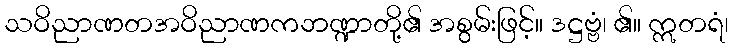
သဝိညာဏတအဝိညာဏကဘဏ္ဍာတို့၏ အစွမ်းဖြင့်။ ဒဋ္ဌဗ္ဗံ၊ ၏။ ဣတရံ၊